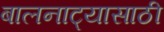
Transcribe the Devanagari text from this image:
बालनाट्यासाठी